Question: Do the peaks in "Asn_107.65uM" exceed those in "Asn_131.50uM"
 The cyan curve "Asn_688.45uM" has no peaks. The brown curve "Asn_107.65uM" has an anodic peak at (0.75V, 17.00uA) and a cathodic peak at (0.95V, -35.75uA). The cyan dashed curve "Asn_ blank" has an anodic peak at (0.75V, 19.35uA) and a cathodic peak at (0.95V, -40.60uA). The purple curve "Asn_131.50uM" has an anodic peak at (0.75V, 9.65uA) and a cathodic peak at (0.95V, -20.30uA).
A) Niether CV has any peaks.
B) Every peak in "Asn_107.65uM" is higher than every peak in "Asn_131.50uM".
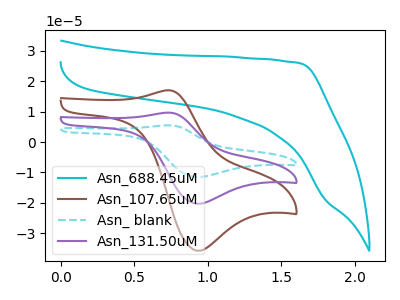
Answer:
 <answer>B) Every peak in "Asn_107.65uM" is higher than every peak in "Asn_131.50uM".</answer>
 <eval>B</eval>